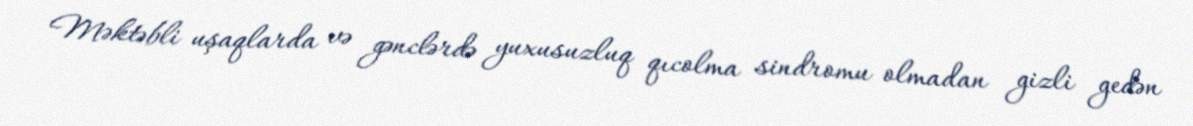
Məktəbli uşaqlarda və gənclərdə yuxusuzluq qıcolma sindromu olmadan gizli gedən